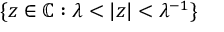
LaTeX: \{ z \in \mathbb { C } : \lambda < | z | < \lambda ^ { - 1 } \}